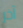
آخر